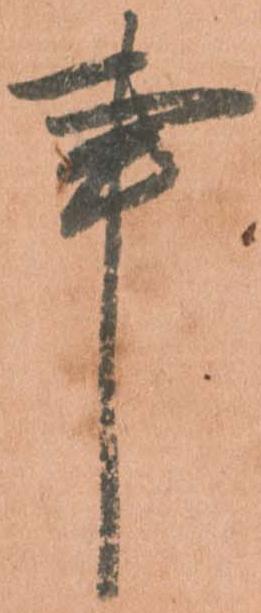
事